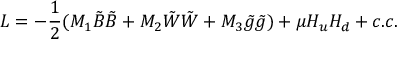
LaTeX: { \cal L } = - \frac { 1 } { 2 } ( M _ { 1 } \tilde { B } \tilde { B } + M _ { 2 } \tilde { W } \tilde { W } + M _ { 3 } \tilde { g } \tilde { g } ) + \mu H _ { u } H _ { d } + c . c .